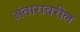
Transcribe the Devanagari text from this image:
अंतारावरील